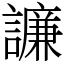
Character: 譧